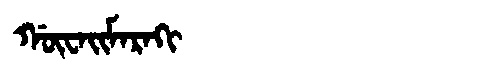
Manchu: ᡤᡡᠸᠠᡳᠮᠠᡵᠠᡴᡳ
Romanization: GŪWAIMARAKI